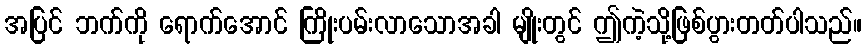
အပြင် ဘက်ကို ရောက်အောင် ကြိုးပမ်းလာသောအခါ မျိုးတွင် ဤကဲ့သို့ဖြစ်ပွားတတ်ပါသည်။